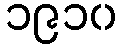
၁၉၁၀